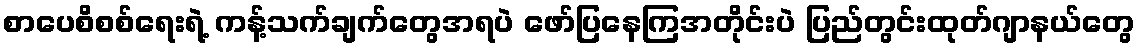
စာပေစိစစ်ရေးရဲ့ ကန့်သက်ချက်တွေအရပဲ ဖော်ပြနေကြအတိုင်းပဲ ပြည်တွင်းထုတ်ဂျာနယ်တွေ